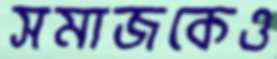
সমাজকেও